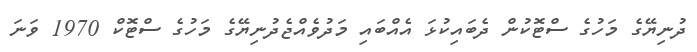
ދުނިޔޭގެ މަހުގެ ސްޓޮކުން ދެބައިކުޅަ އެއްބައި މަދުވެއްޖެދުނިޔޭގެ މަހުގެ ސްޓޮކް 1970 ވަނަ